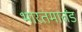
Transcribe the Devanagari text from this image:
भारतमार्तंड